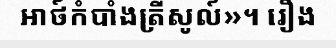
អាថ៍កំបាំងត្រីសូល៍»។ រឿង